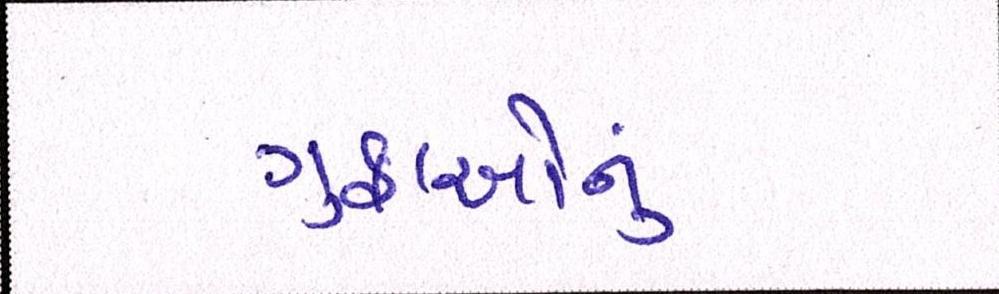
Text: ગુફાઓનું